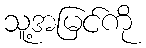
သူ့အမြင်ကို